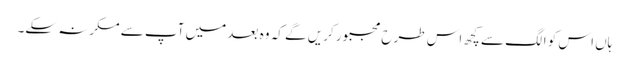
ہاں اس کو الگ سے کچھ اس طرح مجبور کریں گے کہ وہ بعد میں آپ سے مکرنہ سکے۔